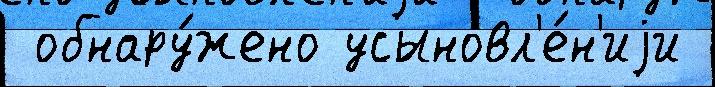
 обнару́жено усыновл'е́н'иjи